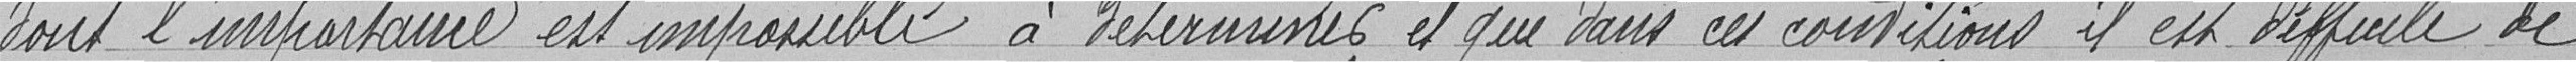
dont l'importance est impossible à déterminer et que dans ces conditions, il est difficile de